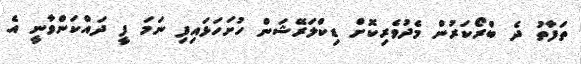
ތަފާތު ދެ ބްރޯކަރުން މެދުވެރިކޮށް ޑިކްލަރޭޝަން ހުށަހަޅައިފި ނަމަ ފީ ދައްކަންވާނީ އެ